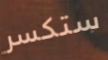
ستكسر